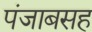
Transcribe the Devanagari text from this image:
पंजाबसह